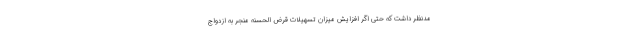
مدنظر داشت که حتی اگر افزایش میزان تسهیلات قرض الحسنه منجر به ازدواج